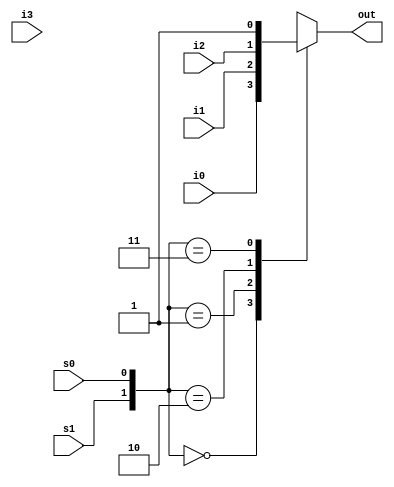
module mux_41_case (out, i0, i1, i2, i3, s1, s0);
output out;
input i0, i1, i2, i3;
input s1, s0;
reg out;
always @(s1 or s0 or i0 or i1 or i2 or i3)
begin
  case ({s1, s0}) 
    2'b00 : out = i0;
    2'b01 : out = i1;
    2'b10 : out = i2;
    2'b11 : out = 13;
  endcase
end
endmodule